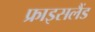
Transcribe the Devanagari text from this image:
फ्राइसलैंड